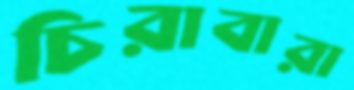
চিরাবারা